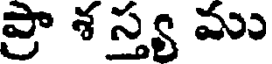
ప్రా శ స్త్య ము